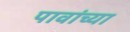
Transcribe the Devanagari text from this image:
पावांच्या